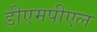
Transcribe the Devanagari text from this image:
डीएमपीएल